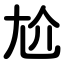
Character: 尬